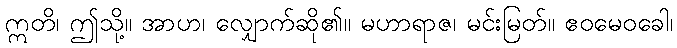
ဣတိ၊ ဤသို့။ အာဟ၊ လျှောက်ဆို၏။ မဟာရာဇ၊ မင်းမြတ်။ ဧဝမေဝခေါ၊